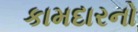
કામદારનો